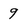
Character: 9